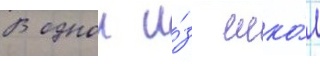
В однои и́з шко́л